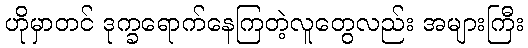
ဟိုမှာတင် ဒုက္ခရောက်နေကြတဲ့လူတွေလည်း အများကြီး